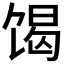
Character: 𮩝